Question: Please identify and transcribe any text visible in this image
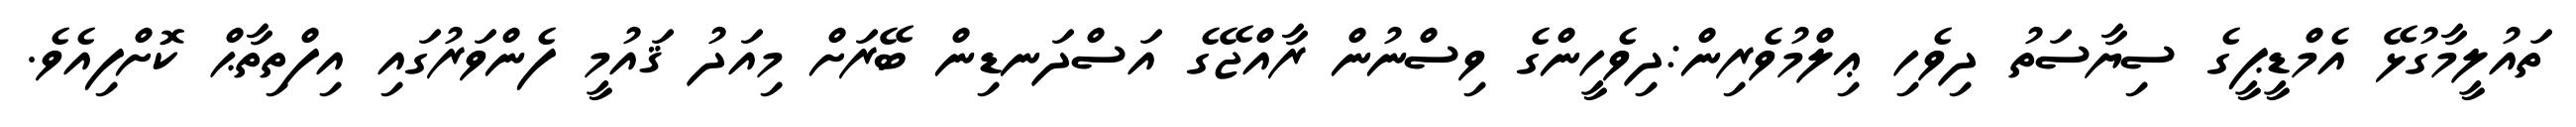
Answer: ތައުލީމާގުޅޭ އެމްޑީޕީގެ ސިޔާސަތު ދިވެހި ޢިލްމުވެރިން:ދިވެހީންގެ ވިސްނުން ރާއްޖޭގެ އަސްދަނޑިން ބޭރަށް މިއަދު ޤައުމީ ފެންވަރުގައި އިފްތިތާޙް ކޮށްފިއެވެ.